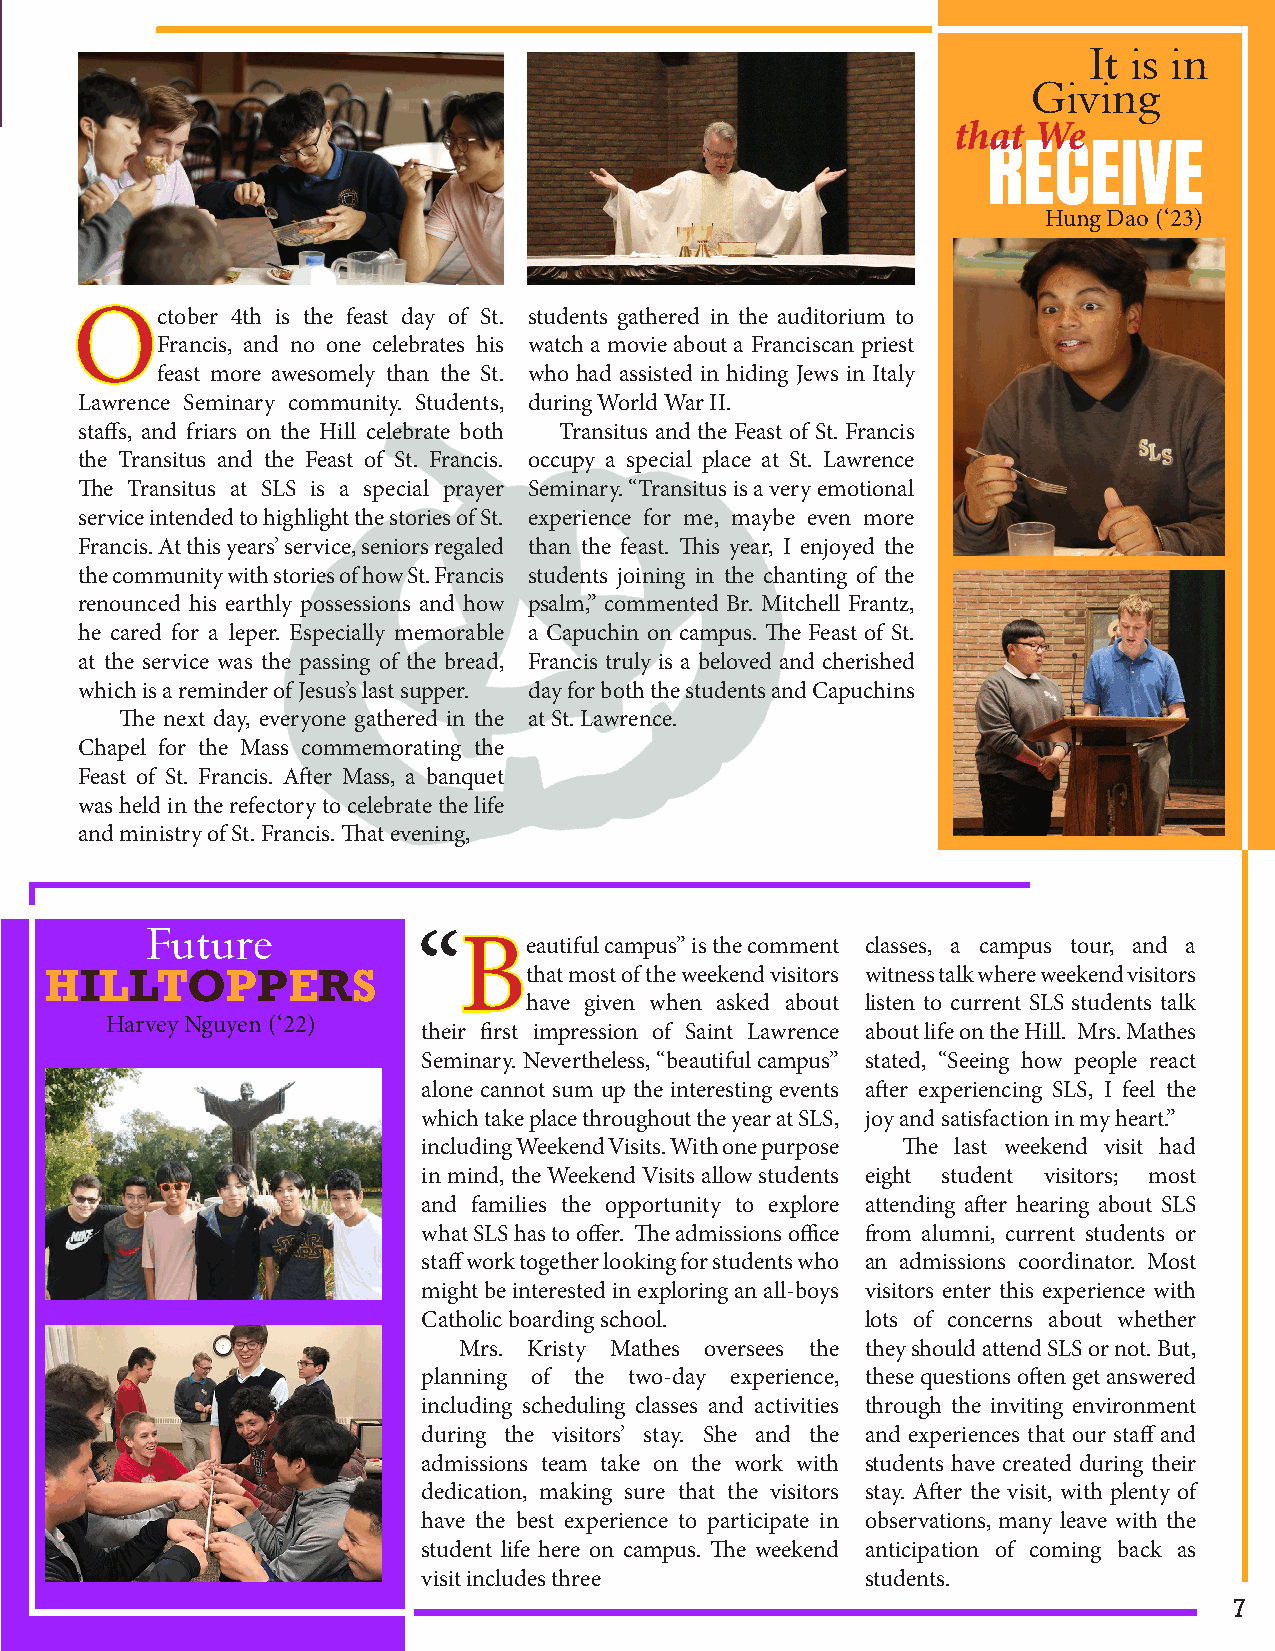
It is in
 Giving
 that We
 JJuueerrnn--aall                                                 RECEIVE
 Hung Dao (‘23)
 OOctober  4th is the feast day of St. students gathered in the auditorium to
 Francis, and no one celebrates his watch a movie about a Franciscan priest
 feast more awesomely than the St. who had assisted in hiding Jews in Italy
 Lawrence Seminary community. Students, during World War II.
 staffs, and friars on the Hill celebrate both Transitus and the Feast of St. Francis
 the Transitus and the Feast of St. Francis. occupy a special place at St. Lawrence
 The Transitus at SLS is a special prayer Seminary. “Transitus is a very emotional
 service intended to highlight the stories of St. experience for me, maybe even more
 Francis. At this years’ service, seniors regaled than the feast. This year, I enjoyed the
 the community with stories of how St. Francis students joining in the chanting of the
 renounced his earthly possessions and how psalm,” commented Br. Mitchell Frantz,
 he cared for a leper. Especially memorable a Capuchin on campus. The Feast of St.
 at the service was the passing of the bread, Francis truly is a beloved and cherished
 which is a reminder of Jesus’s last supper. day for both the students and Capuchins
 The next day, everyone gathered in the at St. Lawrence.
 Chapel for the Mass commemorating the
 Feast of St. Francis. After Mass, a banquet
 was held in the refectory to celebrate the life
 and ministry of St. Francis. That evening,
 Future
 “BBeautiful campus” is the comment classes, a campus tour, and a
 HILLTOPPERS                     that most of the weekend visitors witness talk where weekend visitors
 have given when asked about listen to current SLS students talk
 Harvey Nguyen (‘22)
 their first impression of Saint Lawrence about life on the Hill. Mrs. Mathes
 Seminary. Nevertheless, “beautiful campus” stated, “Seeing how people react
 alone cannot sum up the interesting events after experiencing SLS, I feel the
 which take place throughout the year at SLS, joy and satisfaction in my heart.”
 including Weekend Visits. With one purpose The last weekend visit had
 in mind, the Weekend Visits allow students eight student visitors; most
 and families the opportunity to explore attending after hearing about SLS
 what SLS has to offer. The admissions office from alumni, current students or
 staff work together looking for students who an admissions coordinator. Most
 might be interested in exploring an all-boys visitors enter this experience with
 Catholic boarding school.    lots of concerns about whether
 Mrs. Kristy Mathes oversees the they should attend SLS or not. But,
 planning of the two-day experience, these questions often get answered
 including scheduling classes and activities through the inviting environment
 during the visitors’ stay. She and the and experiences that our staff and
 admissions team take on the work with students have created during their
 dedication, making sure that the visitors stay. After the visit, with plenty of
 have the best experience to participate in observations, many leave with the
 student life here on campus. The weekend anticipation of coming back as
 visit includes three         students.
 77